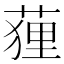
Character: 䔆